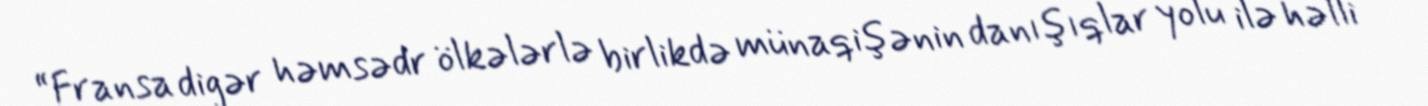
“Fransa digər həmsədr ölkələrlə birlikdə münaqişənin danışıqlar yolu ilə həlli